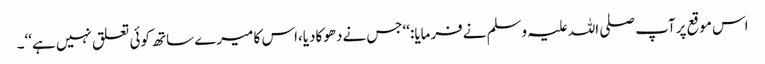
اس موقع پرآپ صلی اللہ علیہ وسلم نےفرمایا:‘‘جس نےدھوکادیا،اس کا میرے ساتھ کوئی تعلق نہیں ہے‘‘۔